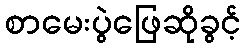
စာမေးပွဲဖြေဆိုခွင့်